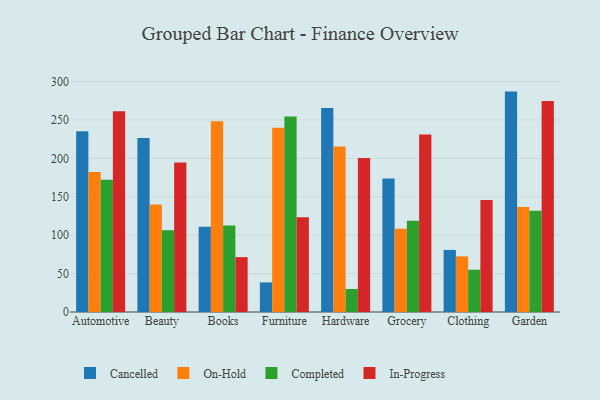
{"axis": {"x": "Category", "y": "Page Views"}, "legend": ["Cancelled", "Completed", "In-Progress", "On-Hold"], "data": [{"x": "Automotive", "y": 235.3, "type": "Cancelled"}, {"x": "Automotive", "y": 182.2, "type": "On-Hold"}, {"x": "Automotive", "y": 172.1, "type": "Completed"}, {"x": "Automotive", "y": 261.1, "type": "In-Progress"}, {"x": "Beauty", "y": 226.3, "type": "Cancelled"}, {"x": "Beauty", "y": 139.9, "type": "On-Hold"}, {"x": "Beauty", "y": 106.4, "type": "Completed"}, {"x": "Beauty", "y": 194.7, "type": "In-Progress"}, {"x": "Books", "y": 110.9, "type": "Cancelled"}, {"x": "Books", "y": 248.3, "type": "On-Hold"}, {"x": "Books", "y": 112.4, "type": "Completed"}, {"x": "Books", "y": 71.4, "type": "In-Progress"}, {"x": "Furniture", "y": 38.5, "type": "Cancelled"}, {"x": "Furniture", "y": 239.9, "type": "On-Hold"}, {"x": "Furniture", "y": 254.5, "type": "Completed"}, {"x": "Furniture", "y": 123.3, "type": "In-Progress"}, {"x": "Hardware", "y": 265.6, "type": "Cancelled"}, {"x": "Hardware", "y": 215.5, "type": "On-Hold"}, {"x": "Hardware", "y": 30.0, "type": "Completed"}, {"x": "Hardware", "y": 200.3, "type": "In-Progress"}, {"x": "Grocery", "y": 173.6, "type": "Cancelled"}, {"x": "Grocery", "y": 108.2, "type": "On-Hold"}, {"x": "Grocery", "y": 118.8, "type": "Completed"}, {"x": "Grocery", "y": 231.0, "type": "In-Progress"}, {"x": "Clothing", "y": 80.8, "type": "Cancelled"}, {"x": "Clothing", "y": 72.4, "type": "On-Hold"}, {"x": "Clothing", "y": 55.0, "type": "Completed"}, {"x": "Clothing", "y": 145.7, "type": "In-Progress"}, {"x": "Garden", "y": 286.8, "type": "Cancelled"}, {"x": "Garden", "y": 136.6, "type": "On-Hold"}, {"x": "Garden", "y": 131.8, "type": "Completed"}, {"x": "Garden", "y": 274.6, "type": "In-Progress"}]}